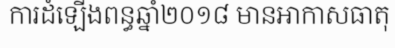
ការដំឡើងពន្ធឆ្នាំ២០១៨ មានអាកាសធាតុ